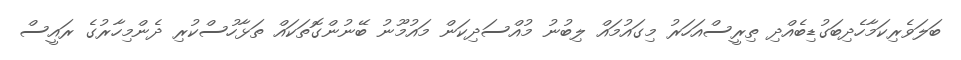
ބަލަވެރިކަމާހެދިބަގުޑިބެއްދި ތިރީސްއަހަރު މިގައުމައް ލިބުނު މުއްސަދިކަން މައުމޫނު ބޭނުންގޮތަކައް ތަޅާހުސްކުރި ދެންމިހާރުގެ ރައީސް